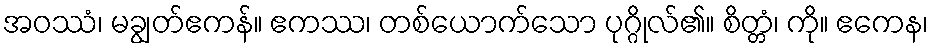
အဝဿံ၊ မချွတ်ဧကန်။ ဧကဿ၊ တစ်ယောက်သော ပုဂ္ဂိုလ်၏။ စိတ္တံ၊ ကို။ ဧကေန၊